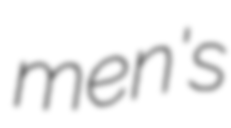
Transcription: men's